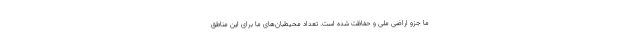
ما جزو اراضی ملی و حفاظت شده است. تعداد محیطبان‌های ما برای این مناطق